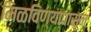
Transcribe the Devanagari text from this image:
मिळविण्यापासून